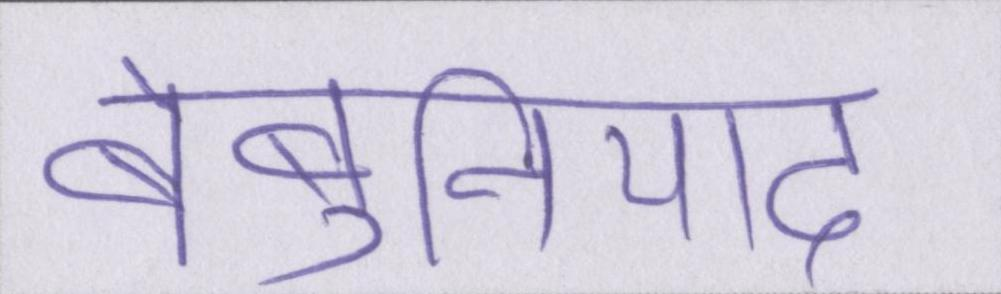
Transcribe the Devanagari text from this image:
बेबुनियाद